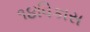
૧૪વિકાસ